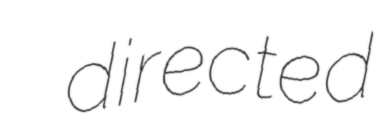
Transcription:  directed